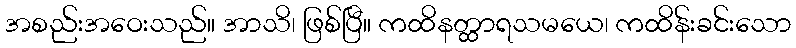
အစည်းအဝေးသည်။ အာသိ၊ ဖြစ်ပြီ။ ကထိနတ္ထာရသမယေ၊ ကထိန်းခင်းသော